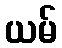
ယမ်